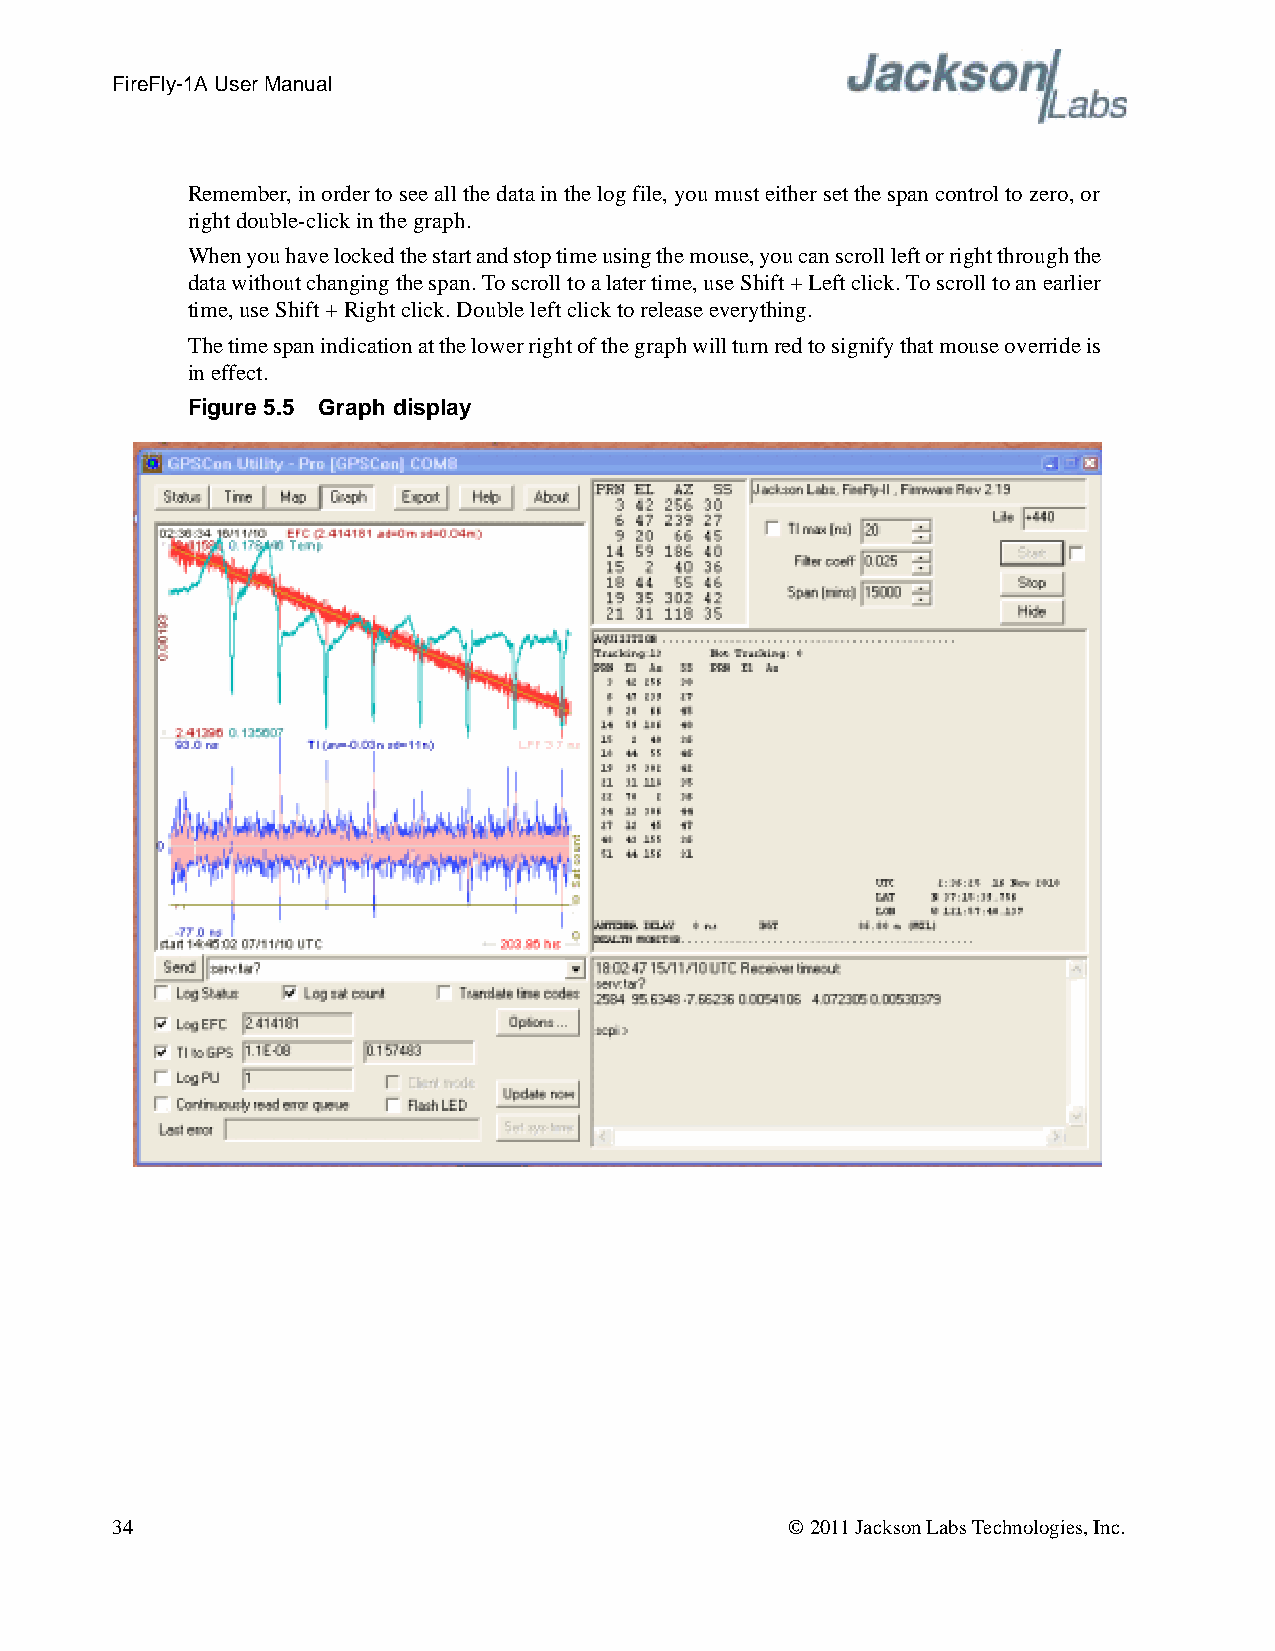
FireFly-1A User Manual
 Remember, in order to see all the data in the log file, you must either set the span control to zero, or
 right double-click in the graph.
 When you have locked the start and stop time using the mouse, you can scroll left or right through the
 data without changing the span. To scroll to a later time, use Shift + Left click. To scroll to an earlier
 time, use Shift + Right click. Double left click to release everything.
 The time span indication at the lower right of the graph will turn red to signify that mouse override is
 in effect.
 Figure 5.5 Graph display
 34                                           © 2011 Jackson Labs Technologies, Inc.